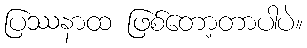
ပြဿနာထ ဖြစ်တော့တာပါပဲ။